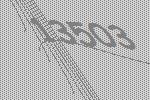
13503